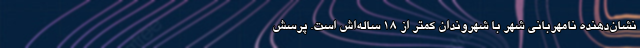
نشان‌دهنده نامهرباني شهر با شهروندان كمتر از ۱۸ ساله‌اش است. پرسش